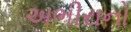
અભીરાનો